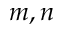
m , n